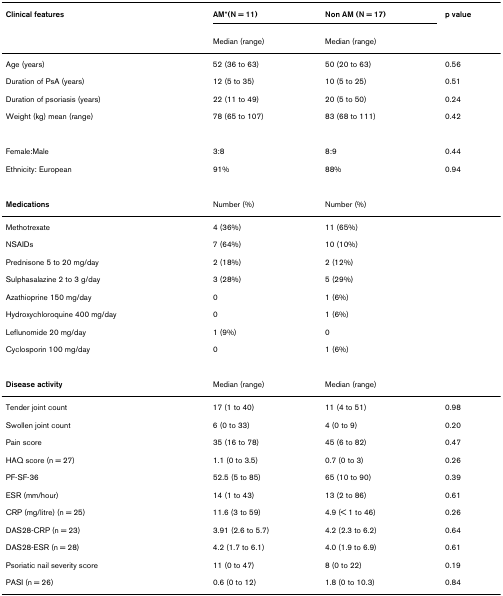
<table><thead><tr><td><b>Clinical features</b></td><td><b>AM*(N = 11)</b></td><td><b>Non AM (N = 17)</b></td><td><b>p value</b></td></tr><tr><td></td><td><b>Median (range)</b></td><td><b>Median (range)</b></td><td></td></tr></thead><tbody><tr><td>Age (years)</td><td>52 (36 to 63)</td><td>50 (20 to 63)</td><td>0.56</td></tr><tr><td>Duration of PsA (years)</td><td>12 (5 to 35)</td><td>10 (5 to 25)</td><td>0.51</td></tr><tr><td>Duration of psoriasis (years)</td><td>22 (11 to 49)</td><td>20 (5 to 50)</td><td>0.24</td></tr><tr><td>Weight (kg) mean (range)</td><td>78 (65 to 107)</td><td>83 (68 to 111)</td><td>0.42</td></tr><tr><td>Female:Male</td><td>3:8</td><td>8:9</td><td>0.44</td></tr><tr><td>Ethnicity: European</td><td>91%</td><td>88%</td><td>0.94</td></tr><tr><td><b>Medications</b></td><td>Number (%)</td><td>Number (%)</td><td></td></tr><tr><td>Methotrexate</td><td>4 (36%)</td><td>11 (65%)</td><td></td></tr><tr><td>NSAIDs</td><td>7 (64%)</td><td>10 (10%)</td><td></td></tr><tr><td>Prednisone 5 to 20 mg/day</td><td>2 (18%)</td><td>2 (12%)</td><td></td></tr><tr><td>Sulphasalazine 2 to 3 g/day</td><td>3 (28%)</td><td>5 (29%)</td><td></td></tr><tr><td>Azathioprine 150 mg/day</td><td>0</td><td>1 (6%)</td><td></td></tr><tr><td>Hydroxychloroquine 400 mg/day</td><td>0</td><td>1 (6%)</td><td></td></tr><tr><td>Leflunomide 20 mg/day</td><td>1 (9%)</td><td>0</td><td></td></tr><tr><td>Cyclosporin 100 mg/day</td><td>0</td><td>1 (6%)</td><td></td></tr><tr><td><b>Disease activity</b></td><td>Median (range)</td><td>Median (range)</td><td></td></tr><tr><td>Tender joint count</td><td>17 (1 to 40)</td><td>11 (4 to 51)</td><td>0.98</td></tr><tr><td>Swollen joint count</td><td>6 (0 to 33)</td><td>4 (0 to 9)</td><td>0.20</td></tr><tr><td>Pain score</td><td>35 (16 to 78)</td><td>45 (6 to 82)</td><td>0.47</td></tr><tr><td>HAQ score (n = 27)</td><td>1.1 (0 to 3.5)</td><td>0.7 (0 to 3)</td><td>0.26</td></tr><tr><td>PF-SF-36</td><td>52.5 (5 to 85)</td><td>65 (10 to 90)</td><td>0.39</td></tr><tr><td>ESR (mm/hour)</td><td>14 (1 to 43)</td><td>13 (2 to 86)</td><td>0.61</td></tr><tr><td>CRP (mg/litre) (n = 25)</td><td>11.6 (3 to 59)</td><td>4.9 (&lt; 1 to 46)</td><td>0.26</td></tr><tr><td>DAS28-CRP (n = 23)</td><td>3.91 (2.6 to 5.7)</td><td>4.2 (2.3 to 6.2)</td><td>0.64</td></tr><tr><td>DAS28-ESR (n = 28)</td><td>4.2 (1.7 to 6.1)</td><td>4.0 (1.9 to 6.9)</td><td>0.61</td></tr><tr><td>Psoriatic nail severity score</td><td>11 (0 to 47)</td><td>8 (0 to 22)</td><td>0.19</td></tr><tr><td>PASI (n = 26)</td><td>0.6 (0 to 12)</td><td>1.8 (0 to 10.3)</td><td>0.84</td></tr></tbody></table>